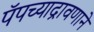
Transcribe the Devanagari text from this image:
पॅपच्याद्रावणाने